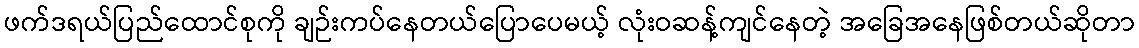
ဖက်ဒရယ်ပြည်ထောင်စုကို ချဉ်းကပ်နေတယ်ပြောပေမယ့် လုံးဝဆန့်ကျင်နေတဲ့ အခြေအနေဖြစ်တယ်ဆိုတာ